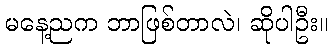
မနေ့ညက ဘာဖြစ်တာလဲ၊ ဆိုပါဦး။